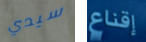
سيدي إقناع